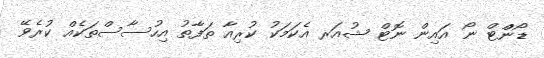
ޑޯންްޓް ނޯ އައިން ނޮޓް ޝުއަރ އެކަމަކު ކުރިއާ ތަފާތު އިހުސާސްތަކެއް ކުރެވޭ